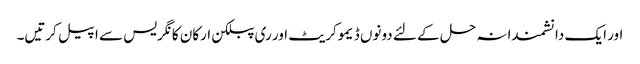
اور ایک دانشمندانہ حل کے لئے دونوں ڈیموکریٹ اور ری پبلکن ارکان کانگریس سے اپیل کرتیں۔